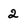
Character: 2